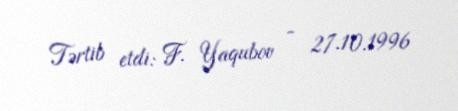
Tərtib etdi: F. Yaqubov - 27.10.1996